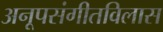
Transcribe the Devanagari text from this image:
अनूपसंगीतविलास